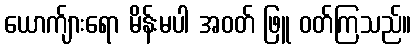
ယောက်ျားရော မိန်းမပါ အဝတ် ဖြူ ဝတ်ကြသည်။